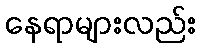
နေရာများလည်း